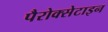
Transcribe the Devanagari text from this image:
पैरोक्सेटाइन